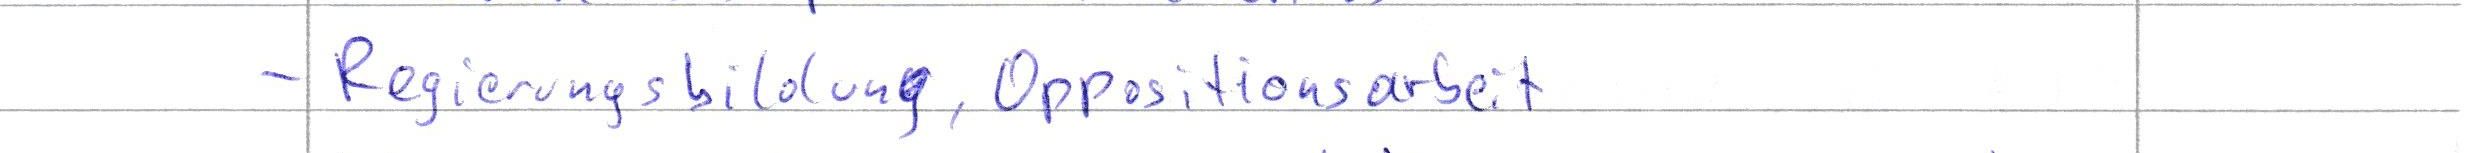
- Regierungsbildung, Oppositionsarbeit